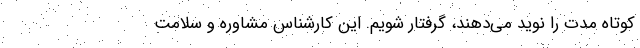
کوتاه مدت را نوید می‌دهند، گرفتار شویم. این کارشناس مشاوره و سلامت